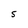
Character: S